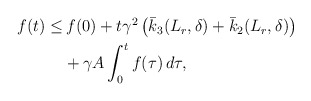
\begin{align*}\begin{aligned}f(t) \le&\, f(0)+ t \gamma^2\left(\bar{k}_3(L_r,\delta)+\bar{k}_2(L_r,\delta) \right) \\&+ \gamma A\int_0^t f(\tau)\,d\tau,\end{aligned}\end{align*}